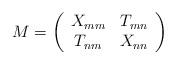
LaTeX: \begin{align*}M = \left(\begin{array}{cc} X_{mm} & T_{mn} \cr T_{nm} & X_{nn}\end{array}\right)\end{align*}